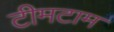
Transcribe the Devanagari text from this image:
टीमटाम